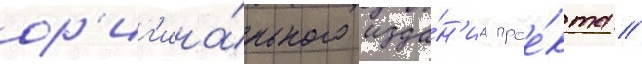
ор'иг'ина́льного изда́н'иа прое́кта //